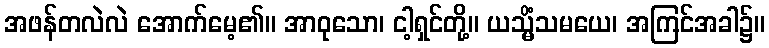
အဖန်တလဲလဲ အောက်မေ့၏။ အာဝုသော၊ ငါ့ရှင်တို့။ ယသ္မိံသမယေ၊ အကြင်အခါ၌။